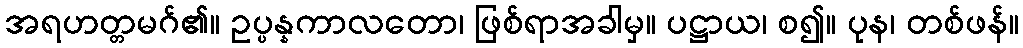
အရဟတ္တမဂ်၏။ ဥပ္ပန္နကာလတော၊ ဖြစ်ရာအခါမှ။ ပဋ္ဌာယ၊ စ၍။ ပုန၊ တစ်ဖန်။